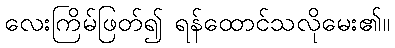
လေးကြိမ်ဖြတ်၍ ရန်ထောင်သလိုမေး၏။